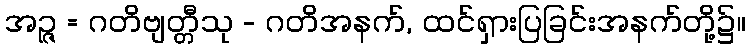
အဉ္ဇ = ဂတိဗျတ္တီသု - ဂတိအနက်, ထင်ရှားပြခြင်းအနက်တို့၌။